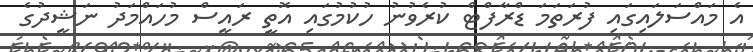
އެ މައްސަލައިގައި ފުރަތަމަ ޑްރާފްޓް ކުރެވުނު ހުކުމުގައި އޮތީ ރައީސް މުހައްމަދު ނަޝީދުގެ